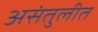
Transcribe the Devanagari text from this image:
असंतुलीत